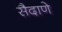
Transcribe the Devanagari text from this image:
सैदाणे